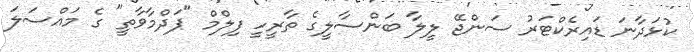
ކުޅަދާނަ ޑައިރެކްޓަރު ސަންޖޭ ލީލާ ބަންސާލީގެ ތާރީހީ ފިލްމް "ޕަދްމާވާތީ" ގެ މައްސަލަ